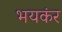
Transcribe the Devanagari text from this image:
भयकंर